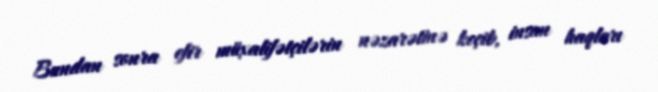
Bundan sonra efir müxalifətçilərin nəzarətinə keçib, insan haqları